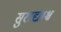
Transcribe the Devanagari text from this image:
सुराद्याश्च